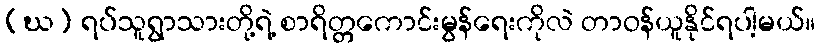
(ဃ) ရပ်သူရွာသားတို့ရဲ့ စာရိတ္တကောင်းမွန်ရေးကိုလဲ တာဝန်ယူနိုင်ရပါ့မယ်။